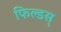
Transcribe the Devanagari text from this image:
फिल्डस्